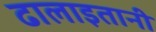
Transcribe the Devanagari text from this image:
ढालाइतानी